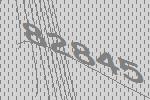
82845